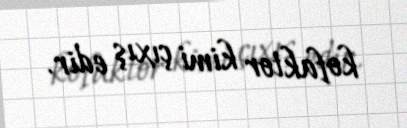
kofaktor kimi çıxış edir.